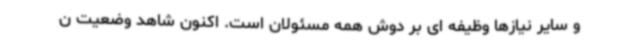
و سایر نیازها وظیفه ای بر دوش همه مسئولان است. اکنون شاهد وضعیت ن